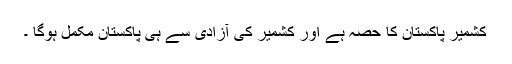
کشمیر پاکستان کا حصہ ہے اور کشمیر کی آزادی سے ہی پاکستان مکمل ہوگا ۔